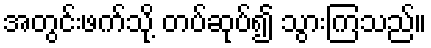
အတွင်းဖက်သို့ တပ်ဆုပ်၍ သွားကြသည်။